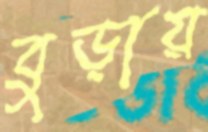
বুড়ায়